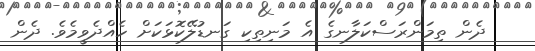
ދެން ތިމަންރަސްކަލާނގެ އެ މަނިތިކި ގަނޑުލޭކޮޅަކަށް ހެއްދެވީމެވެ. ދެން